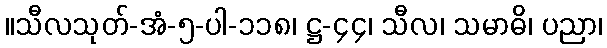
။သီလသုတ်-အံ-၅-ပါ-၁၁၈၊ ဋ္ဌ-၄၄၊ သီလ၊ သမာဓိ၊ ပညာ၊